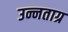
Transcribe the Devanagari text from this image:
उन्नताग्र